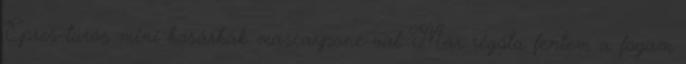
Epres-túrós mini kosárkák mascarpone-val Már régóta fentem a fogam